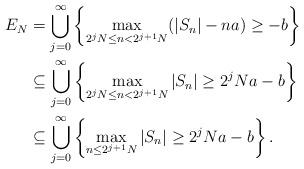
LaTeX: \begin{align*}E_N&=\bigcup_{j=0}^\infty\left\{\max_{2^jN\leq n< 2^{j+1}N} (|S_n|-na)\geq -b\right\}\\ &\subseteq \bigcup_{j=0}^\infty\left\{\max_{2^jN\leq n< 2^{j+1}N}|S_n|\geq 2^jNa- b \right\}\\ &\subseteq \bigcup_{j=0}^\infty\left\{\max_{n\leq 2^{j+1}N}|S_n|\geq 2^jNa- b \right\}.\\\end{align*}